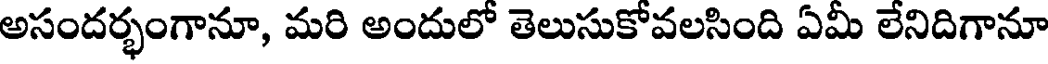
అసందర్భంగానూ, మరి అందులో తెలుసుకోవలసింది ఏమీ లేనిదిగానూ